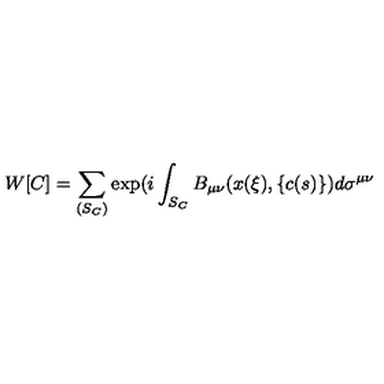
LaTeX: W [ C ] = \sum _ { ( S _ { C } ) } \exp ( i \int _ { S _ { C } } B _ { \mu \nu } ( x ( \xi ) , \{ c ( s ) \} ) d \sigma ^ { \mu \nu }